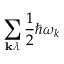
\sum _ { \mathbf { k } \lambda } { \frac { 1 } { 2 } } \hbar \omega _ { k }